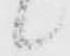
候